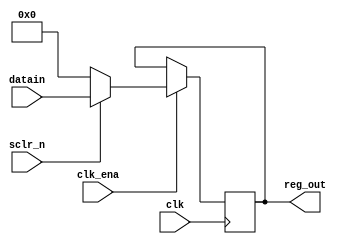
module reg16 (datain, clk, sclr_n, clk_ena, reg_out);

input [31:0]datain;
input clk, sclr_n, clk_ena;
output reg [31:0] reg_out;

always @ (posedge clk)
begin
	if(clk_ena)
		if (sclr_n == 1'b0)
			reg_out <= 32'b0;
		else 
		reg_out <= datain;
	
end


endmodule